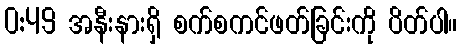
0:49 အနီးနားရှိ စက်စကင်ဖတ်ခြင်းကို ပိတ်ပါ။